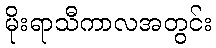
မိုးရာသီကာလအတွင်း